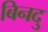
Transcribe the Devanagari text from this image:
बिनदु